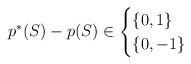
LaTeX: \begin{align*}p^*(S) - p(S) \in\begin{cases} \{0,1\} & \\ \{0,-1\} & \end{cases}\end{align*}